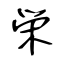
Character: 栄